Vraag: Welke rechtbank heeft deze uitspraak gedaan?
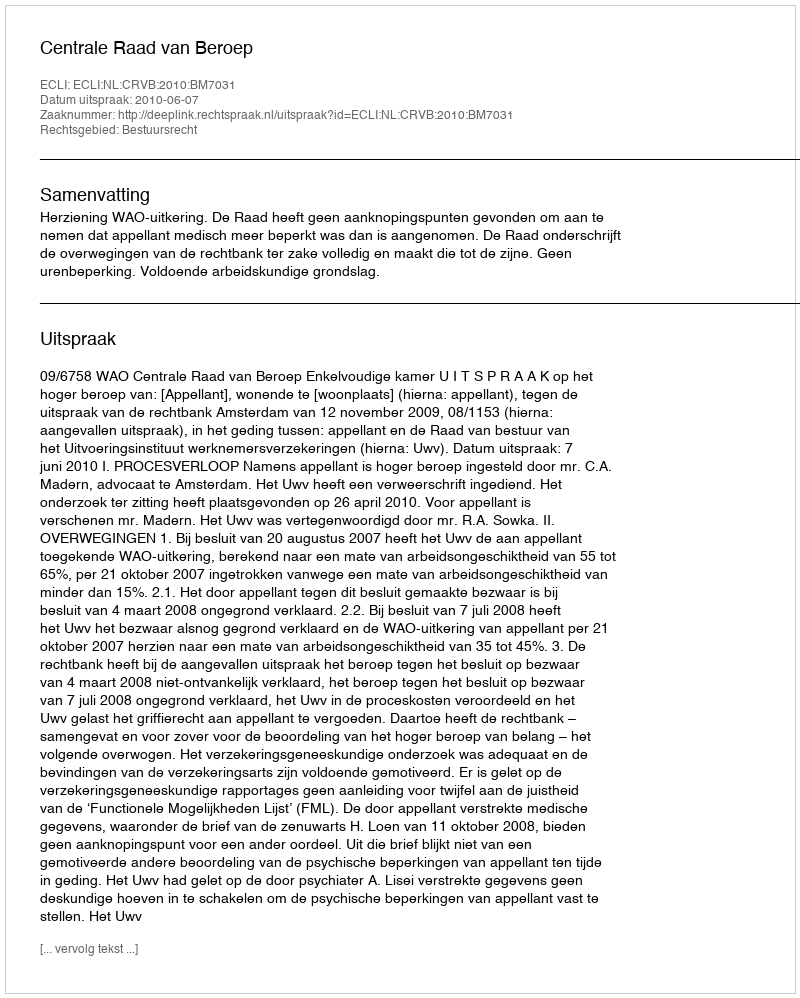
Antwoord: Centrale Raad van Beroep